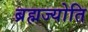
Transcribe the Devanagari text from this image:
ब्रह्मज्योति